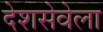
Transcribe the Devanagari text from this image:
देशसेवेला